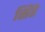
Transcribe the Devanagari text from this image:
सिंहे